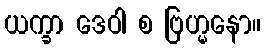
ယက္ခာ ဒေဝါ စ ဗြဟ္မနော။